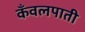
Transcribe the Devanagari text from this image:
कँवलपाती